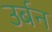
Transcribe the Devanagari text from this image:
उर्बन